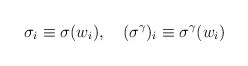
\begin{align*}\sigma_i \equiv \sigma(w_i), \quad (\sigma^\gamma)_i \equiv\sigma^\gamma (w_i)\end{align*}